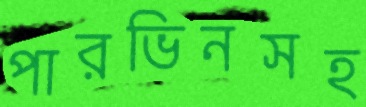
পারভিনসহ